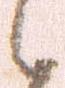
之